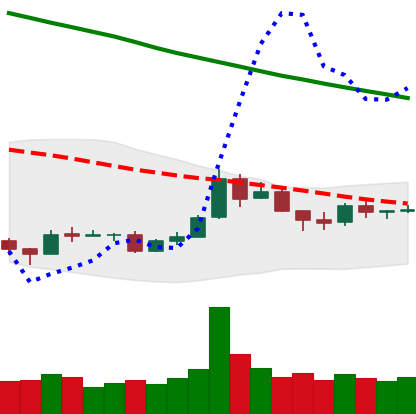
Ticker: TRX-USD
Chart end date: 2018-09-30
Forward return: 5.008%
Label: up_5_7